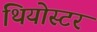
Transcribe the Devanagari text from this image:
थियोस्टर